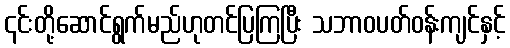
၎င်းတို့ဆောင်ရွက်မည်ဟုတင်ပြကြပြီး သဘာဝပတ်ဝန်းကျင်နှင့်